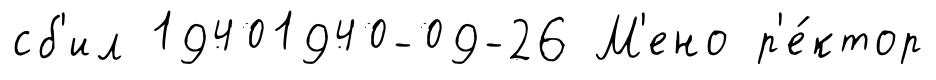
сб'ил 19401940-09-26 М'ено р'е́ктор